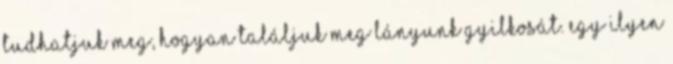
tudhatjuk meg, hogyan találjuk meg lányunk gyilkosát. Egy ilyen